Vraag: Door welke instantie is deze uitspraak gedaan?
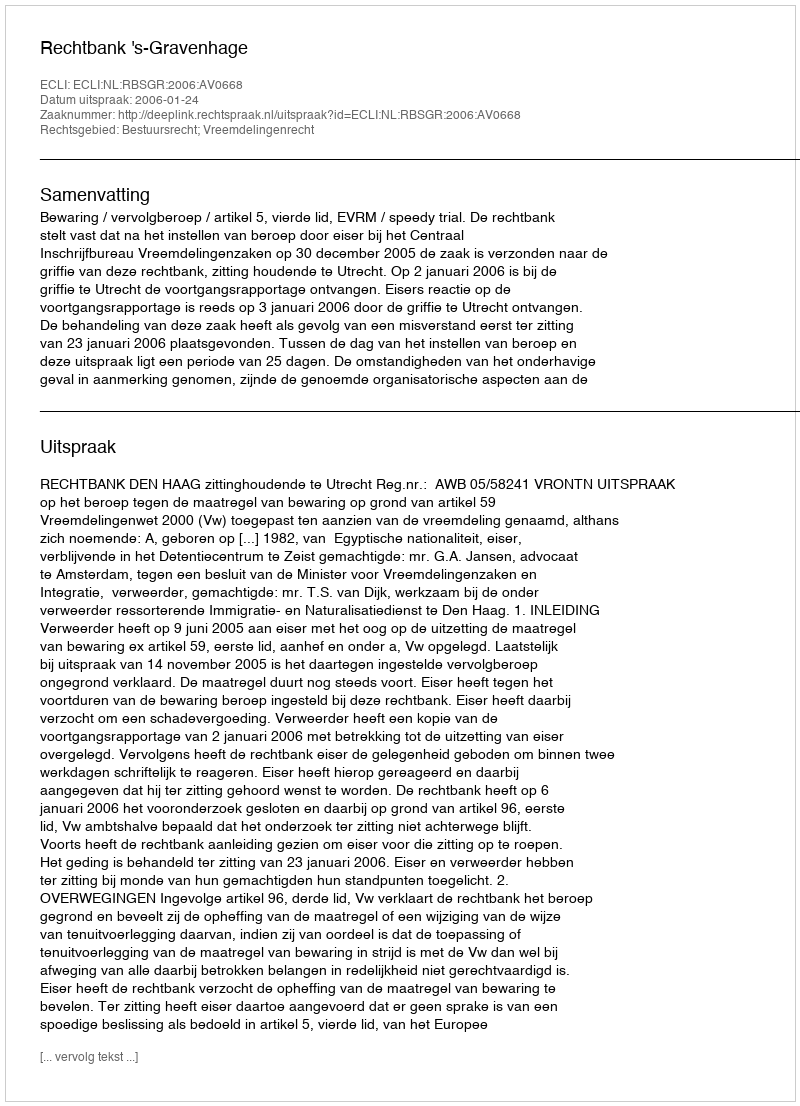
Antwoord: Rechtbank 's-Gravenhage